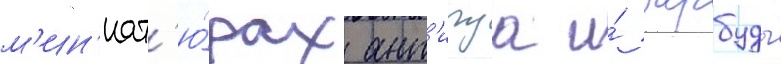
м'ин'иат'ю́рах ант'игуа и́ барбуды